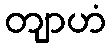
တျာဟံ